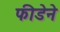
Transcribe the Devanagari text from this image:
फीडेने